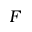
{ \cal F }